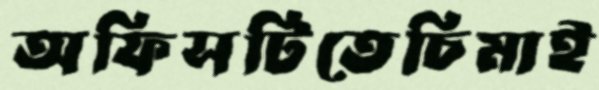
অফিসটিতেচিমাই